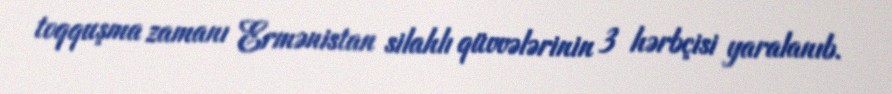
toqquşma zamanı Ermənistan silahlı qüvvələrinin 3 hərbçisi yaralanıb.